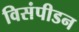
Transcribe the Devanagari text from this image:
विसंपीडन